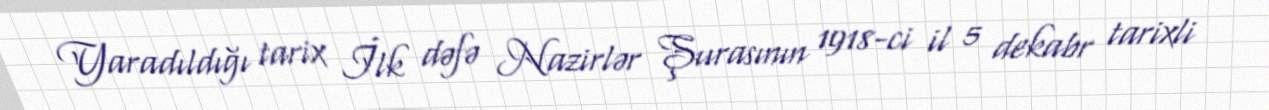
Yaradıldığı tarix İlk dəfə Nazirlər Şurasının 1918-ci il 5 dekabr tarixli